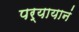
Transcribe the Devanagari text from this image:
पर्यायानं